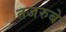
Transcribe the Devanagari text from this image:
तजरुबे